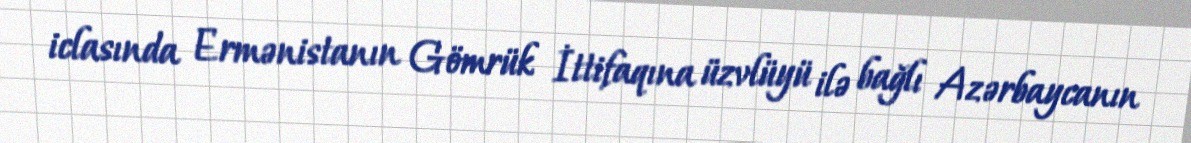
iclasında Ermənistanın Gömrük İttifaqına üzvlüyü ilə bağlı Azərbaycanın